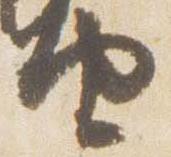
由